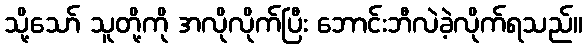
သို့သော် သူတို့ကို အလိုလိုက်ပြီး ဘောင်းဘီလဲခဲ့လိုက်ရသည်။